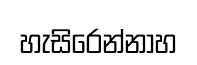
හැසිරෙන්නාහ